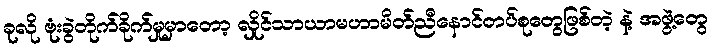
ခုလို ဗုံးခွဲတိုက်ခိုက်မှုမှာတော့ လှိုင်သာယာမဟာမိတ်ညီနောင်တပ်စုတွေဖြစ်တဲ့ နဲ့ အဖွဲ့တွေ